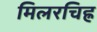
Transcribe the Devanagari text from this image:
मिलरचिह्र